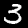
Label: 3